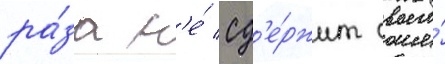
ра́за н'е́ сд'е́ржит своего́